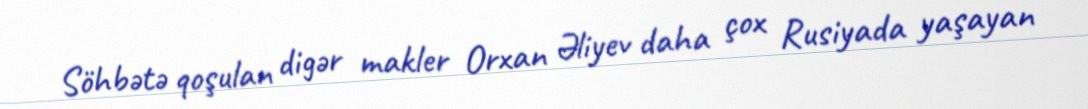
Söhbətə qoşulan digər makler Orxan Əliyev daha çox Rusiyada yaşayan